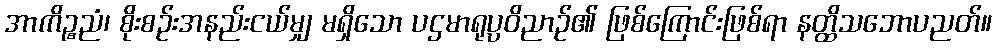
အာကိဉ္စညံ၊ စိုးစဉ်းအနည်းငယ်မျှ မရှိသော ပဌမာရုပ္ပဝိညာဉ်၏ ဖြစ်ကြောင်းဖြစ်ရာ နတ္ထိသဘောပညတ်။